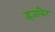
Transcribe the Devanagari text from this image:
इजाबैट